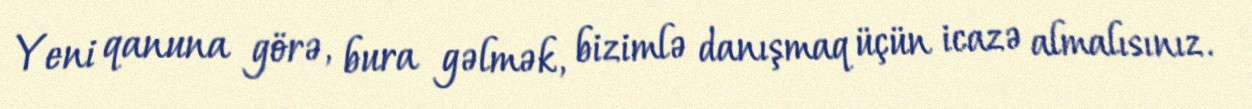
Yeni qanuna görə, bura gəlmək, bizimlə danışmaq üçün icazə almalısınız.